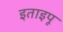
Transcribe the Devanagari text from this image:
इताइपू